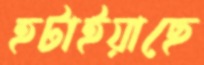
হটাইয়াছে